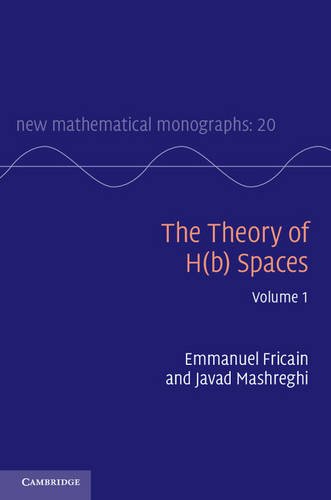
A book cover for The Theory of H(b) Spaces: Volume 1 (New Mathematical Monographs); Emmanuel Fricain; Science & Math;